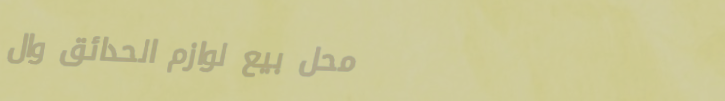
محل بيع لوازم الحدائق وال